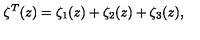
\zeta ^ { T } ( z ) = \zeta _ { 1 } ( z ) + \zeta _ { 2 } ( z ) + \zeta _ { 3 } ( z ) ,